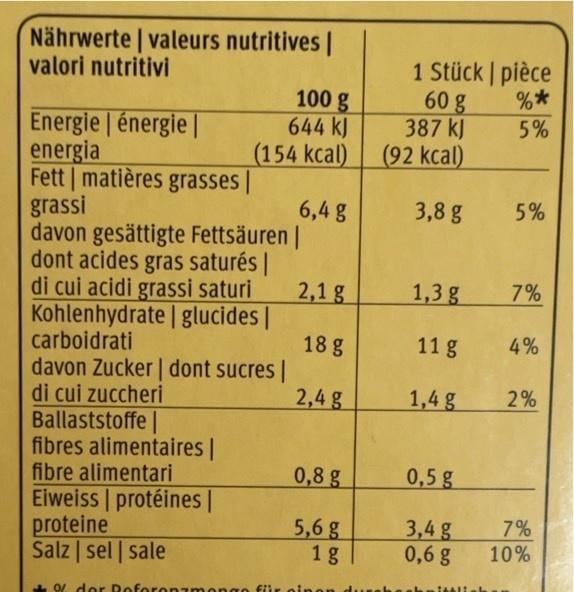
Nährwerte valeurs nutritives | valori nutritivi
100 g 644 kJ (154 kcal) (92 kcal)
1 Stück | pièce 60 g 387 kJ
Energie | énergie | energia Fett matières grasses || grassi davon gesättigte Fettsäuren | dont acides gras saturés | di cui acidi grassi saturi Kohlenhydrate | glucides| carboidrati davon Zucker | dont sucres | di cui zuccheri Ballaststoffe | fibres alimentaires | fibre alimentari Eiweiss | protéines | proteine Salz | sel | sale
5%
6,4 g
3,8 g
5%
2,1 g
1,3 g
7%
18 g
11 g
4%
2,4 g
1,4 g
2%
0,8 g
0,5 g
5,6 g 1 g
3,4 g 0,6 g
7% 10%
OL dor Doforonzm
na0 für